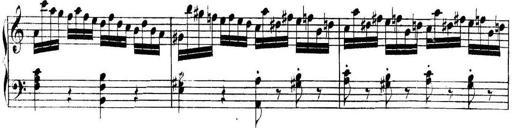
Title: Collected Piano Sonatas
Composer: Muzio Clementi